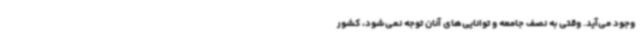
وجود می‌آید. وقتی به نصف جامعه و توانایی‌های آنان توجه نمی‌شود، کشور